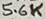
Text: 5.6K